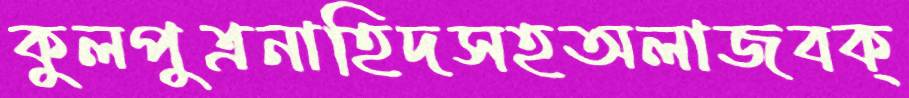
কুলপুত্রনাহিদসহঅলাজবক্